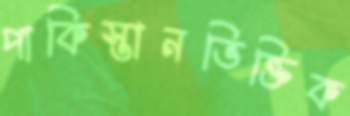
পাকিস্তানভিক্তিক